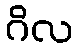
ဂိလ